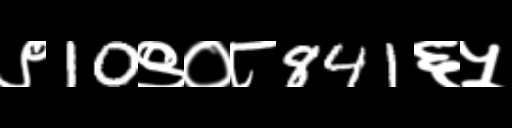
Text: ९10९०८841६५